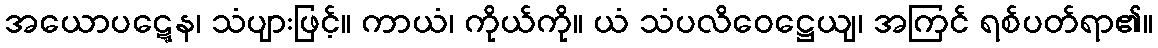
အယောပဋ္ဋေန၊ သံပျားဖြင့်။ ကာယံ၊ ကိုယ်ကို။ ယံ သံပလိဝေဋ္ဌေယျ၊ အကြင် ရစ်ပတ်ရာ၏။